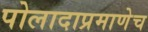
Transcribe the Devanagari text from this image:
पोलादाप्रमाणेच